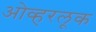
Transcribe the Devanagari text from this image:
ओव्हरलूक